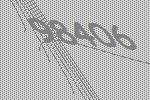
98406